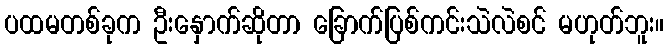
ပထမတစ်ခုက ဦးနှောက်ဆိုတာ ခြောက်ပြစ်ကင်းသဲလဲစင် မဟုတ်ဘူး။